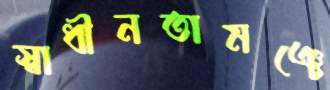
স্বাধীনতামঞ্চে